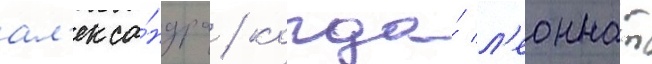
ал'екса́ндра / когда́ л'еоннат